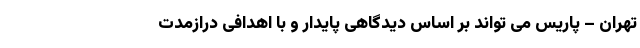
تهران – پاریس می تواند بر اساس دیدگاهی پایدار و با اهدافی درازمدت